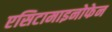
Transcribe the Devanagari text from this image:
एसिटामाइनोफेन